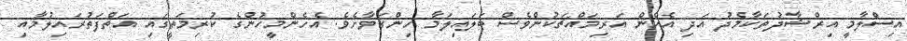
އިސްލާމީ އިރްޝާދުތަކާމެދު އަދި އެހެން އަރިމައްޗަކުންވެސް ބަލައިލަމާ ހިންގަވާށެވެ. އެހެންމީހުންގެ ކުރިމަތީގައި އަތްފަތުރައިލުމާއި